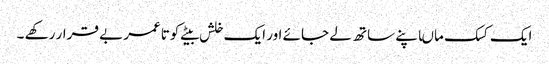
ایک کسک ماںاپنے ساتھ لے جائے اور ایک خلش بیٹے کوتاعمر بے قرار رکھے ۔